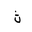
Letter: _tha